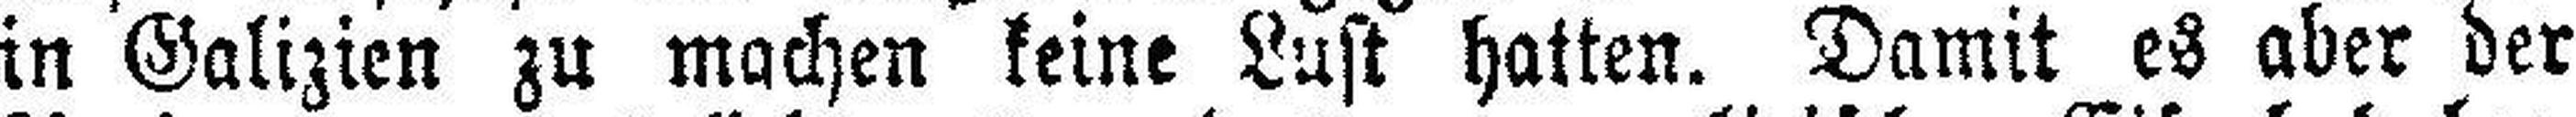
in Galizien zu machen keine Lust hatten. Damit es aber der